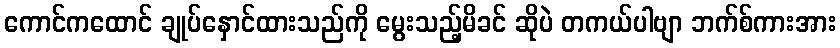
ကောင်ကထောင် ချုပ်နှောင်ထားသည်ကို မွေးသည့်မိခင် ဆိုပဲ တကယ်ပါဗျာ ဘက်စ်ကားအား